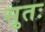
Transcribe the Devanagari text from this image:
सुतः